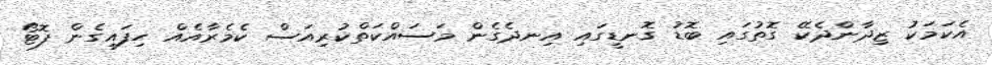
އެކަމަކު ޒިދާންދެކޭ ގޮތުގައި ބޮޑު ގޮނޑީގައި އިނދެގެން މަސައްކަތްކުރިއަސް ކެމެރާއެއް ހިފައިގެން ފޮޓޯ